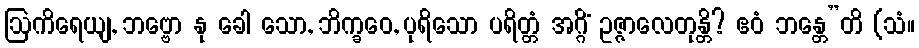
ဩကိရေယျ, ဘဗ္ဗော နု ခေါ သော, ဘိက္ခဝေ, ပုရိသော ပရိတ္တံ အဂ္ဂိံ ဥဇ္ဇာလေတုန္တိ? ဧဝံ ဘန္တေ”တိ (သံ။